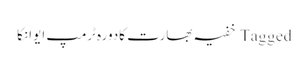
Tagged خفیہ بھارت کادورہ ٹرمپ ایوانکا